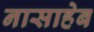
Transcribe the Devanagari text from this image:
नासाहेब